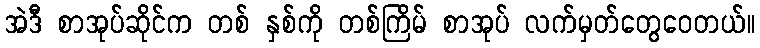
အဲဒီ စာအုပ်ဆိုင်က တစ် နှစ်ကို တစ်ကြိမ် စာအုပ် လက်မှတ်တွေဝေတယ်။